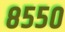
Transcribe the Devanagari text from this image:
८५५०